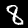
Digit: 8